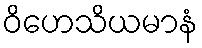
ဝိဟေသိယမာနံ